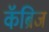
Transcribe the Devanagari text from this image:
कॅंब्रिज